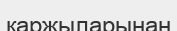
қаржыларынан